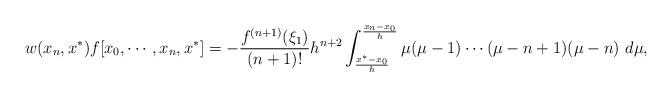
LaTeX: \begin{align*}\begin{aligned}w(x_n,x^*) f[x_0,\cdots, x_n,x^*]=-\frac{f^{(n+1)}(\xi_1)}{(n+1)!}h^{n+2}\int^{\frac{x_n-x_0}{h}}_{\frac{x^*-x_0}{h}}\mu(\mu-1)\cdots(\mu-n+1)(\mu-n)\ d\mu,\end{aligned}\end{align*}